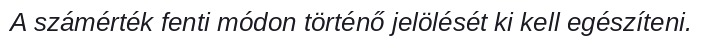
A számérték fenti módon történő jelölését ki kell egészíteni.